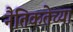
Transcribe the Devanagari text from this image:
नैतिकतेच्या